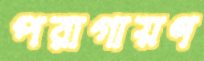
পরাগায়ণ